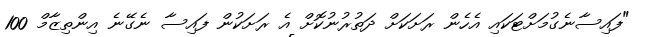
"ފައިސާނެގުމަށްޓަކައި އެހެން ރަށަކަށް ދަތުރުނުކޮށް އެ ރަށަކުން ފައިސާ ނެގޭނެ އިންތިޒާމް 100